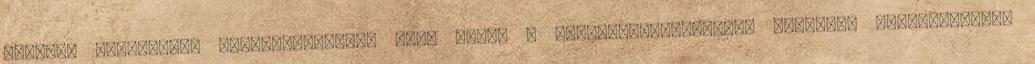
legjobb munkahely” Magyarországon, majd pedig a közép-kelet-európai régióban nagyvállalati